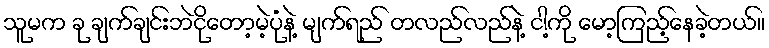
သူမက ခု ချက်ချင်းဘဲငိုတော့မဲ့ပုံနဲ့ မျက်ရည် တလည်လည်နဲ့ ငါ့ကို မော့ကြည့်နေခဲ့တယ်။